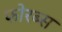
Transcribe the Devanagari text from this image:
फोरब्स